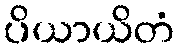
ပိယာယိတံ